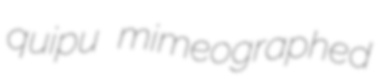
quipu mimeographed